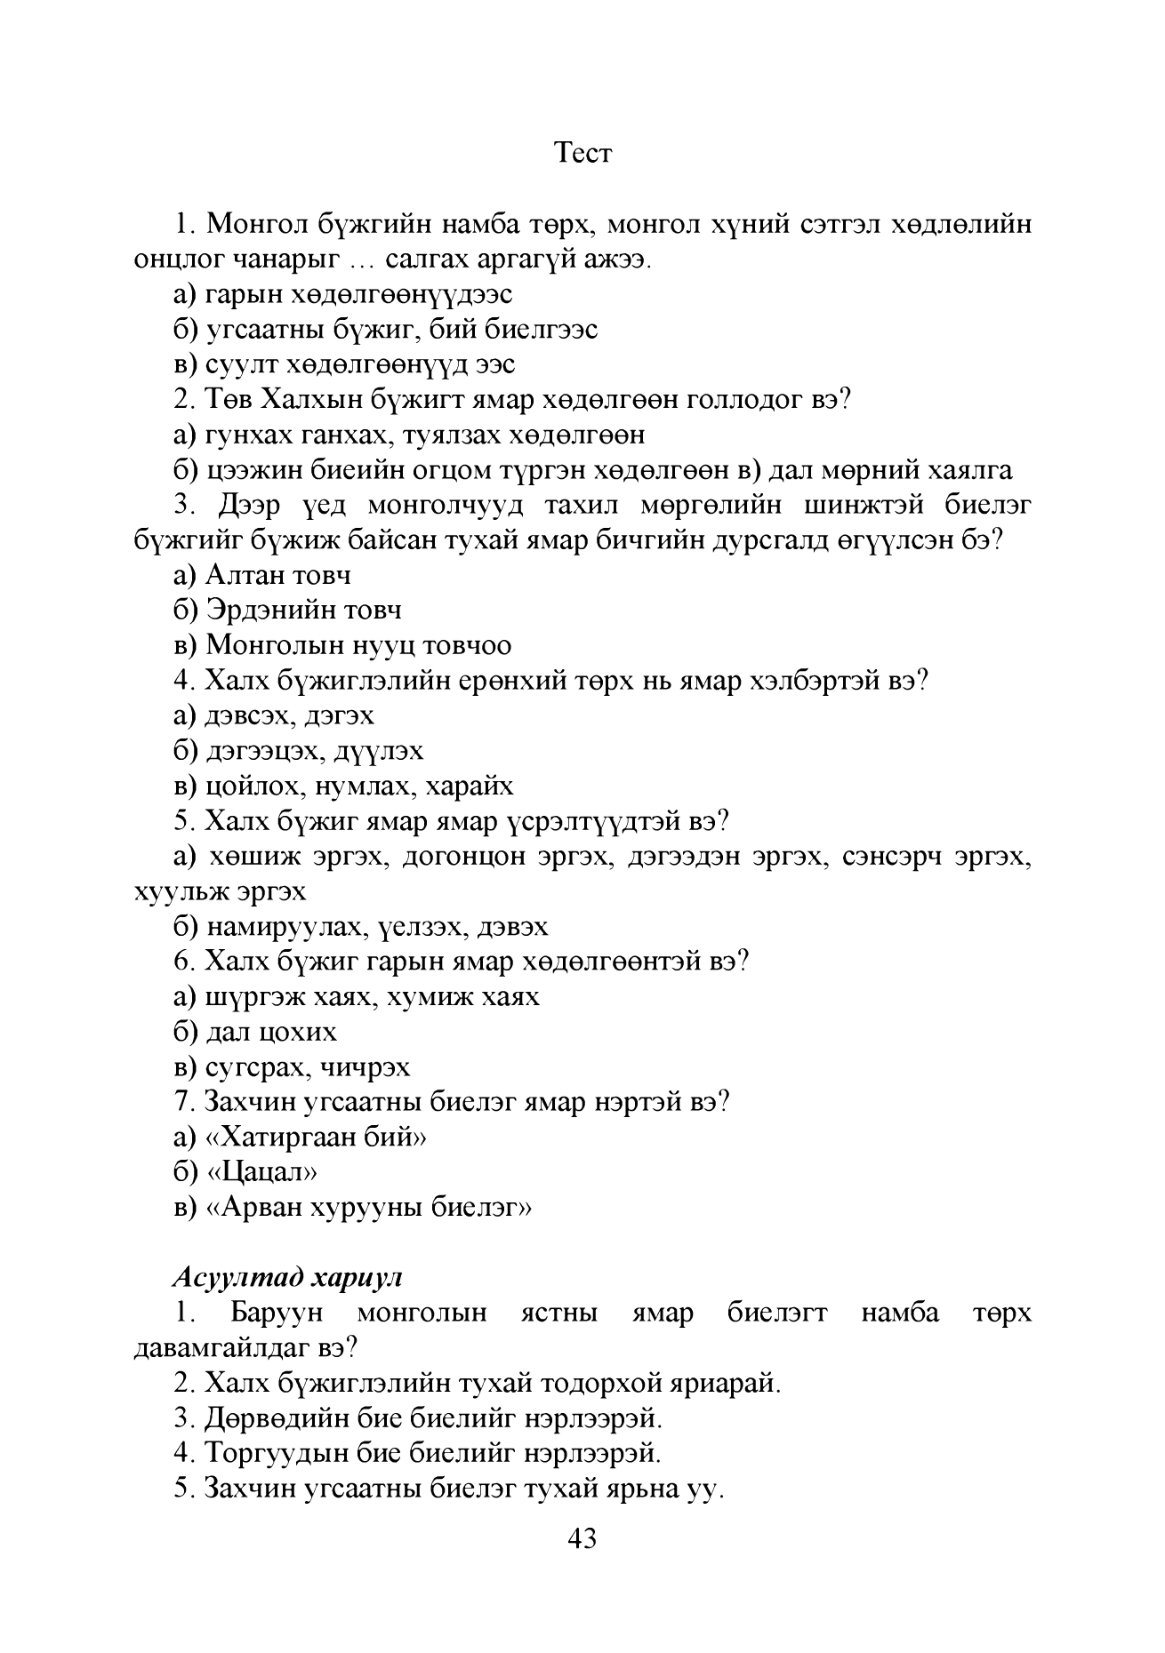
Language: mn